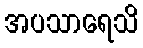
အပသာရေသိ